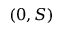
( 0 , S )